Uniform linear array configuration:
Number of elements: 16
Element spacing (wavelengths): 0.75
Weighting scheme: binomial
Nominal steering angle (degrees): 15
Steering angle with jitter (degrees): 15.822
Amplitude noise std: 0.05
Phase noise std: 0.05

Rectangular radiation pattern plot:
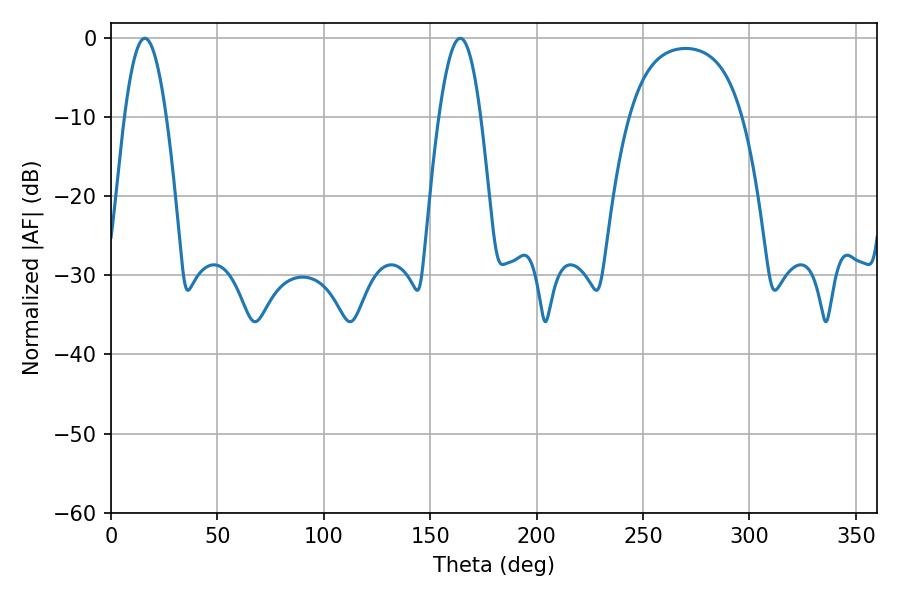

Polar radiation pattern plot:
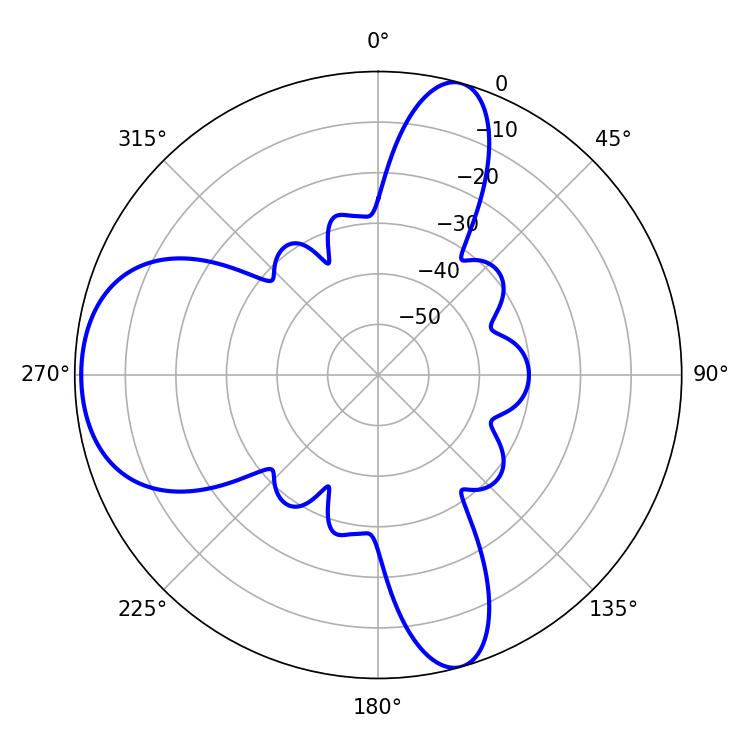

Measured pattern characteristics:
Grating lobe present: TRUE
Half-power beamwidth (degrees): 10.62
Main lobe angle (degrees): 15.84